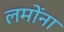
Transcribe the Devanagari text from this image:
लमोंना